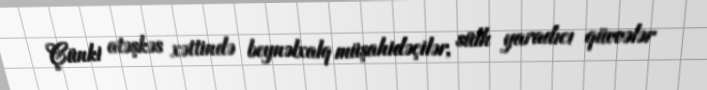
Çünki atəşkəs xəttində beynəlxalq müşahidəçilər, sülh yaradıcı qüvvələr